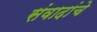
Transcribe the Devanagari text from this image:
संवादांचे